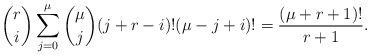
\begin{align*} {r\choose i}\sum^\mu_{j=0}{\mu\choose j}(j+r-i)!(\mu-j+i)!=\frac{(\mu+r+1)!}{r+1}. \end{align*}